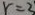
r = 3